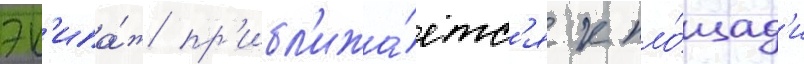
эк'ипа́ж пр'ибл'ижа́етс'я к пло́щад'и